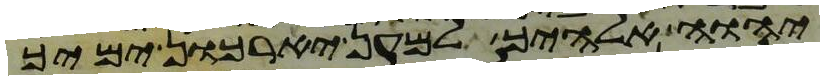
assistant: יהוה אלהיך למען יארכון ימיך